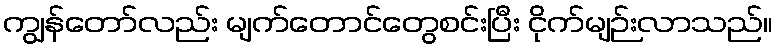
ကျွန်တော်လည်း မျက်တောင်တွေစင်းပြီး ငိုက်မျဉ်းလာသည်။